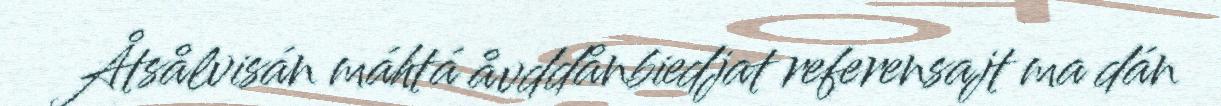
Åtsålvisán máhtá åvddånbiedjat referensajt ma dán